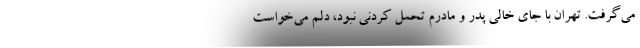
می‌گرفت. تهران با جای خالی پدر و مادرم تحمل کردنی نبود، دلم می‌خواست